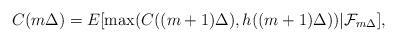
\begin{align*}C(m\Delta )=E[\max (C((m+1)\Delta ),h((m+1)\Delta ))|\mathcal{F}_{m\Delta}], \end{align*}